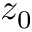
z _ { 0 }